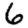
Digit: 6